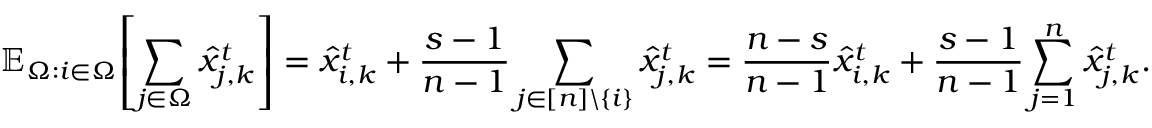
\mathbb { E } _ { \Omega : i \in \Omega } \! \left[ \sum _ { j \in \Omega } \hat { x } _ { j , k } ^ { t } \right] = \hat { x } _ { i , k } ^ { t } + \frac { s - 1 } { n - 1 } \sum _ { j \in [ n ] \backslash \{ i \} } \hat { x } _ { j , k } ^ { t } = \frac { n - s } { n - 1 } \hat { x } _ { i , k } ^ { t } + \frac { s - 1 } { n - 1 } \sum _ { j = 1 } ^ { n } \hat { x } _ { j , k } ^ { t } .